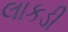
લાકડી